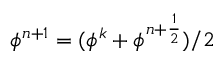
\phi ^ { n + 1 } = ( \phi ^ { k } + \phi ^ { n + \frac { 1 } { 2 } } ) / 2